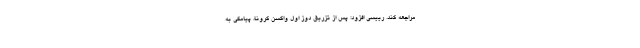
مراجعه کند. رییسی افزود: پس از تزریق دوز اول واکسن کرونا، پیامکی به